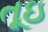
તૂઇ